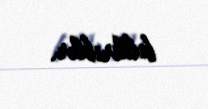
bildiriblər.